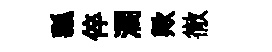
瓢倅濶歟徹